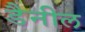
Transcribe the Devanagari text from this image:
डैनील